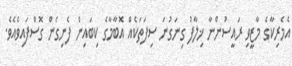
އެމެރިކާގެ މާޒީވި ރައީސުންނާ ޚިލާފު ގިނަގުނަ ސިފަތަކެއް އޮބާމާގެ ކިބައިން ފެނިގެން ގޮސްފައިވެއެވެ.